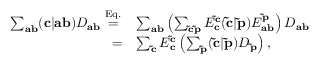
\begin{array} { r l } { \sum _ { \mathbf { a b } } ( \mathbf { c } | \mathbf { a } \mathbf { b } ) D _ { \mathbf { a b } } \overset { \mathrm { E q . \, } } { = } } & { \sum _ { \mathbf { a b } } \left( \sum _ { \mathbf { \tilde { c } \tilde { p } } } E _ { \mathbf { c } } ^ { \mathbf { \tilde { c } } } ( \mathbf { \tilde { c } } | \mathbf { \tilde { p } } ) E _ { \mathbf { a b } } ^ { \mathbf { \tilde { p } } } \right) D _ { \mathbf { a b } } } \\ { = } & { \sum _ { \mathbf { \tilde { c } } } E _ { \mathbf { c } } ^ { \mathbf { \tilde { c } } } \left( \sum _ { \mathbf { \tilde { p } } } ( \mathbf { \tilde { c } } | \mathbf { \tilde { p } } ) D _ { \mathbf { \tilde { p } } } \right) , } \end{array}